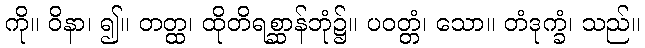
ကို။ ဝိနာ၊ ၍။ တတ္ထ၊ ထိုတိရစ္ဆာန်ဘုံ၌။ ပဝတ္တံ၊ သော။ တံဒုက္ခံ၊ သည်။